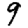
Digit: 9